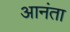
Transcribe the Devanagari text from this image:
आनंता